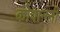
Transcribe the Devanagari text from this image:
कोवाननी